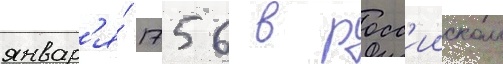
январ'я́ 1756 в росс'ииском